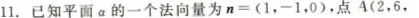
11.已知平面α的一个法向量为$$n=(1，-1，0)$$，点$$A(2，6，